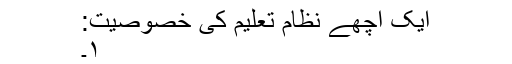
ایک اچھے نظام تعلیم کی خصوصیت:
۱۔